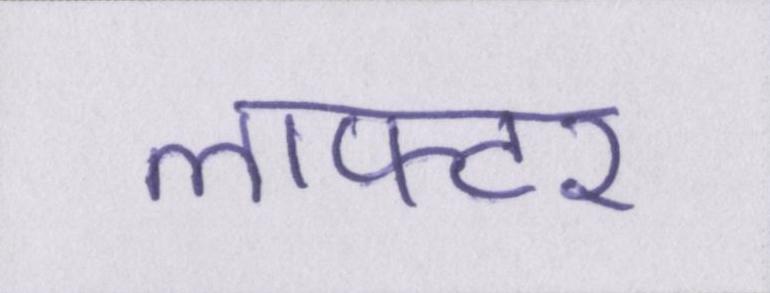
लाफ्टर